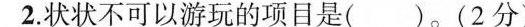
2.状状不可以游玩的项目是( )。(2分)